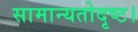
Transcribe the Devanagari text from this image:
सामान्यतोदृष्ट।